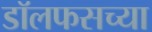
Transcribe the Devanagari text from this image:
डॉलफसच्या